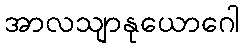
အာလသျာနုယောဂေါ